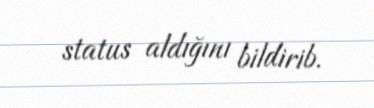
status aldığını bildirib.